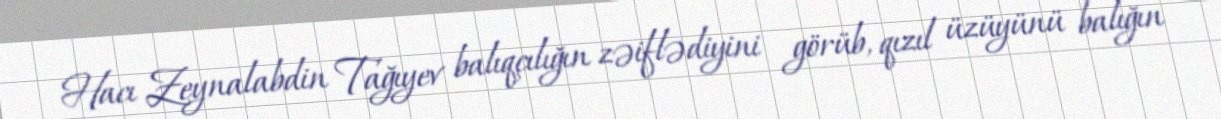
Hacı Zeynalabdin Tağıyev balıqçılığın zəiflədiyini görüb, qızıl üzüyünü balığın